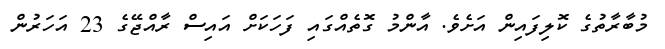
މުބާރާތުގެ ކޮލިފައިން އަށެވެ. އާންމު ގޮތެއްގައި ފަހަކަށް އައިސް ރާއްޖޭގެ 23 އަަހަރުން